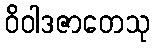
ဝိဝါဒဇာတေသု